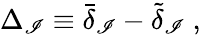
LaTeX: \Delta_{\mathscr{I}}\equiv{\bar{{\delta}}}_{\mathscr{I}}-\tilde{{\delta}}_{\mathscr{I}}\; ,